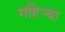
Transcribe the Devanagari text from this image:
गहिर्‍या